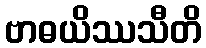
ဗာဓယိဿသီတိ